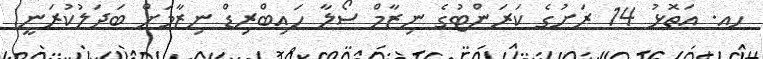
ހއ. އަތޮޅު 14 ރަށުގެ ކަރަންޓުގެ ނިޒާމް ސޯލާ ހައިބްރިޑް ނިޒާމަށް ބަދަލުކުރަނީ